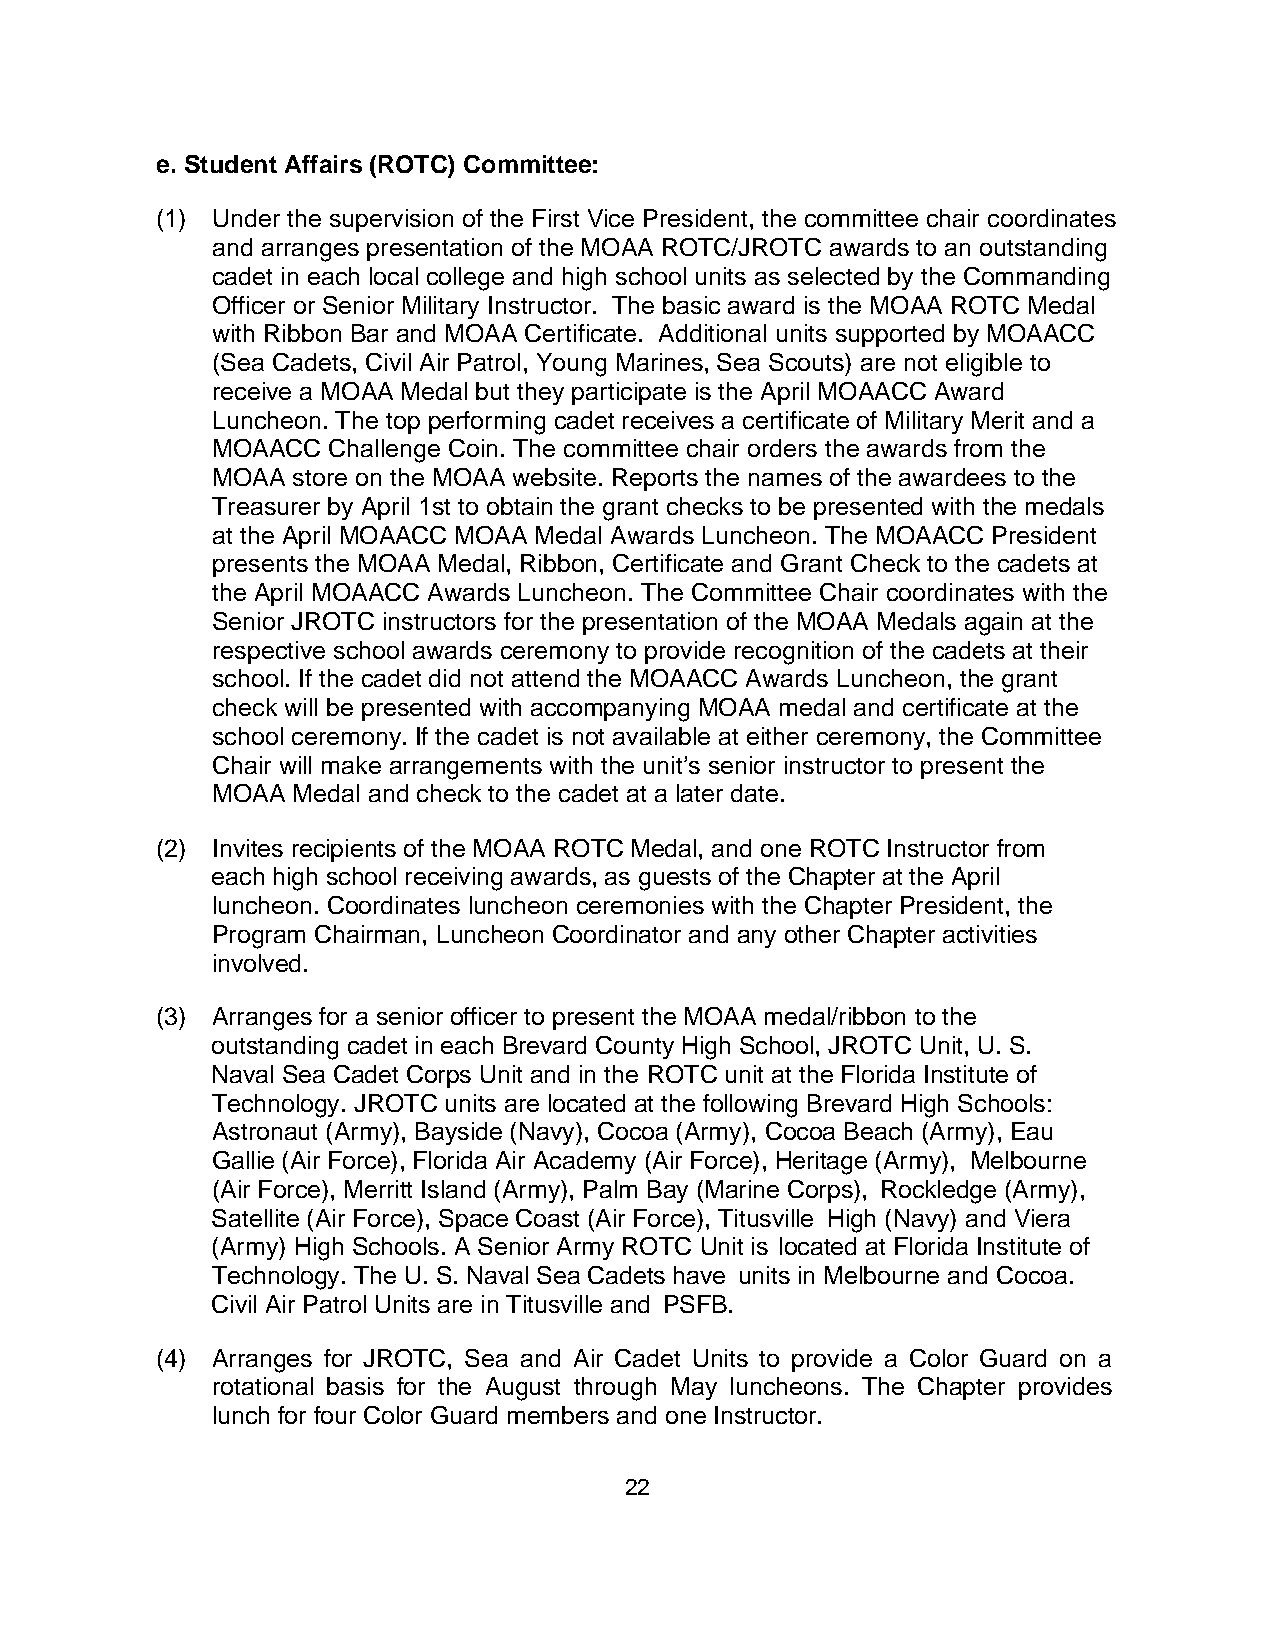
e. Student Affairs (ROTC) Committee:
 (1) Under the supervision of the First Vice President, the committee chair coordinates
 and arranges presentation of the MOAA ROTC/JROTC awards to an outstanding
 cadet in each local college and high school units as selected by the Commanding
 Officer or Senior Military Instructor. The basic award is the MOAA ROTC Medal
 with Ribbon Bar and MOAA Certificate. Additional units supported by MOAACC
 (Sea Cadets, Civil Air Patrol, Young Marines, Sea Scouts) are not eligible to
 receive a MOAA Medal but they participate is the April MOAACC Award
 Luncheon. The top performing cadet receives a certificate of Military Merit and a
 MOAACC  Challenge Coin. The committee chair orders the awards from the
 MOAA store on the MOAA website. Reports the names of the awardees to the
 Treasurer by April 1st to obtain the grant checks to be presented with the medals
 at the April MOAACC MOAA Medal Awards Luncheon. The MOAACC President
 presents the MOAA Medal, Ribbon, Certificate and Grant Check to the cadets at
 the April MOAACC Awards Luncheon. The Committee Chair coordinates with the
 Senior JROTC instructors for the presentation of the MOAA Medals again at the
 respective school awards ceremony to provide recognition of the cadets at their
 school. If the cadet did not attend the MOAACC Awards Luncheon, the grant
 check will be presented with accompanying MOAA medal and certificate at the
 school ceremony. If the cadet is not available at either ceremony, the Committee
 Chair will make arrangements with the unit’s senior instructor to present the
 MOAA Medal and check to the cadet at a later date.
 (2) Invites recipients of the MOAA ROTC Medal, and one ROTC Instructor from
 each high school receiving awards, as guests of the Chapter at the April
 luncheon. Coordinates luncheon ceremonies with the Chapter President, the
 Program Chairman, Luncheon Coordinator and any other Chapter activities
 involved.
 (3) Arranges for a senior officer to present the MOAA medal/ribbon to the
 outstanding cadet in each Brevard County High School, JROTC Unit, U. S.
 Naval Sea Cadet Corps Unit and in the ROTC unit at the Florida Institute of
 Technology. JROTC units are located at the following Brevard High Schools:
 Astronaut (Army), Bayside (Navy), Cocoa (Army), Cocoa Beach (Army), Eau
 Gallie (Air Force), Florida Air Academy (Air Force), Heritage (Army), Melbourne
 (Air Force), Merritt Island (Army), Palm Bay (Marine Corps), Rockledge (Army),
 Satellite (Air Force), Space Coast (Air Force), Titusville High (Navy) and Viera
 (Army) High Schools. A Senior Army ROTC Unit is located at Florida Institute of
 Technology. The U. S. Naval Sea Cadets have units in Melbourne and Cocoa.
 Civil Air Patrol Units are in Titusville and PSFB.
 (4) Arranges for JROTC, Sea and Air Cadet Units to provide a Color Guard on a
 rotational basis for the August through May luncheons. The Chapter provides
 lunch for four Color Guard members and one Instructor.
 22